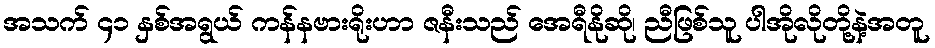
အသက် ၄၁ နှစ်အရွယ် ကန်နဗားရိုးဟာ ဇနီးသည် အေရီနိုဆို၊ ညီဖြစ်သူ ပါအိုလိုတို့နဲ့အတူ